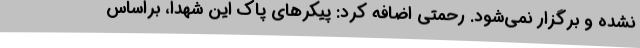
نشده و برگزار نمی‌شود. رحمتی اضافه کرد: پیکرهای پاک این شهدا، براساس